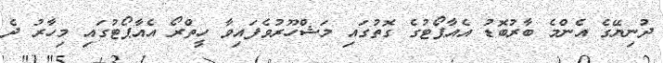
ދުނިޔޭގެ އެންމެ ބާރުބޮޑު އެއާޕޯޓުގެ ގޮތުގައި މަޝްހޫރުވެފައިވާ ހީތްރޯ އެއާޕޯޓުގައި މިހާރު ދެ